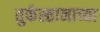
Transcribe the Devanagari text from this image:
तुर्कस्तानाच्या